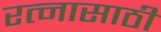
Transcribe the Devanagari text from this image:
रत्‍नासाठी